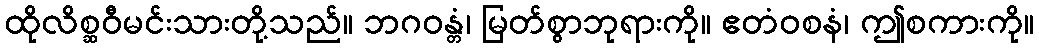
ထိုလိစ္ဆဝီမင်းသားတို့သည်။ ဘဂဝန္တံ၊ မြတ်စွာဘုရားကို။ ဧတံဝစနံ၊ ဤစကားကို။